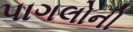
પાગલોની